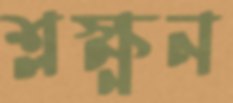
শ্লক্ষ্ণন